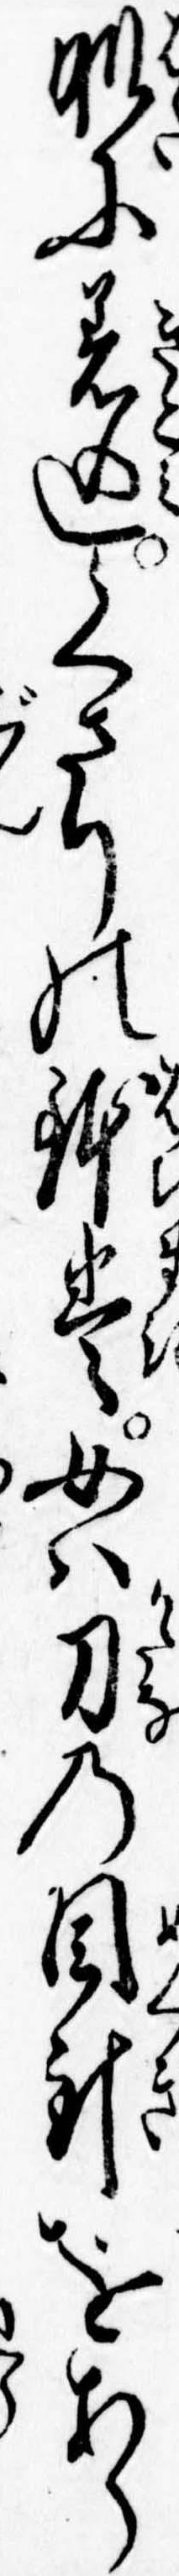
肌に着込くさりの鉢巻女は刀の目釘をあら